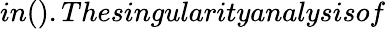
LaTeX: in().Thesingularityanalysisof